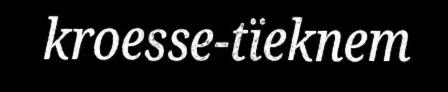
kroesse-tïeknem